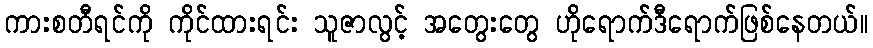
ကားစတီရင်ကို ကိုင်ထားရင်း သူဇာလွင့် အတွေးတွေ ဟိုရောက်ဒီရောက်ဖြစ်နေတယ်။